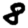
Digit: 8